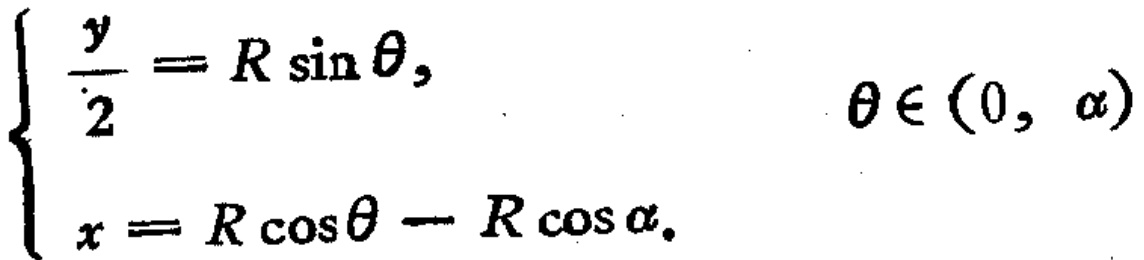
\[
\begin{cases}
\frac{y}{2} = R\sin\theta, & \theta\in(0, \alpha) \\
x = R\cos\theta - R\cos\alpha.
\end{cases}
\]